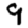
Digit: 9